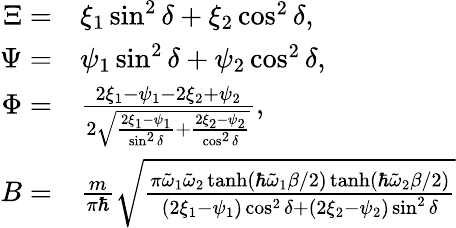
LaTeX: \begin{array}{rl}{\Xi=}&{{}\xi_{1}\sin^{2}\delta+\xi_{2}\cos^{2}\delta,}\\ {\Psi=}&{{}\psi_{1}\sin^{2}\delta+\psi_{2}\cos^{2}\delta,}\\ {\Phi=}&{{}\frac{2\xi_{1}-\psi_{1}-2\xi_{2}+\psi_{2}}{2\sqrt{\frac{2\xi_{1}-\psi_{1}}{\sin^{2}\delta}+\frac{2\xi_{2}-\psi_{2}}{\cos^{2}\delta}}},}\\ {B=}&{{}\frac{m}{\pi\hbar}\sqrt{\frac{\pi\tilde{\omega}_{1}\tilde{\omega}_{2}\operatorname{tanh}(\hbar\tilde{\omega}_{1}\beta/2)\operatorname{tanh}(\hbar\tilde{\omega}_{2}\beta/2)}{(2\xi_{1}-\psi_{1})\cos^{2}\delta+(2\xi_{2}-\psi_{2})\sin^{2}\delta}}}\end{array}